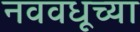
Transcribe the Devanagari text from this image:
नववधूच्या